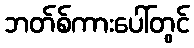
ဘတ်စ်ကားပေါ်တွင်